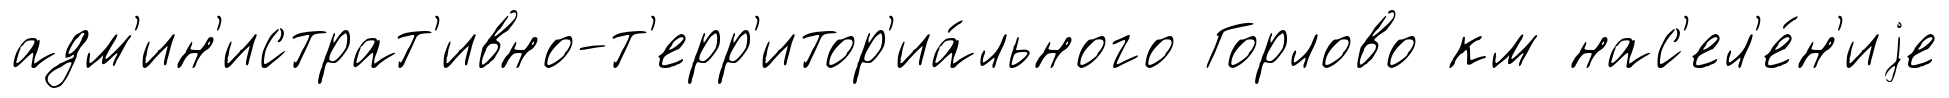
адм'ин'истрат'ивно-т'ерр'итор'иа́льного Горлово км нас'ел'е́н'иjе